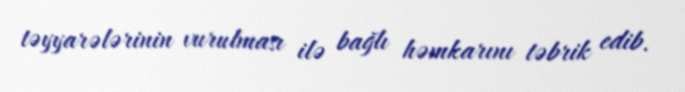
təyyarələrinin vurulması ilə bağlı həmkarını təbrik edib.